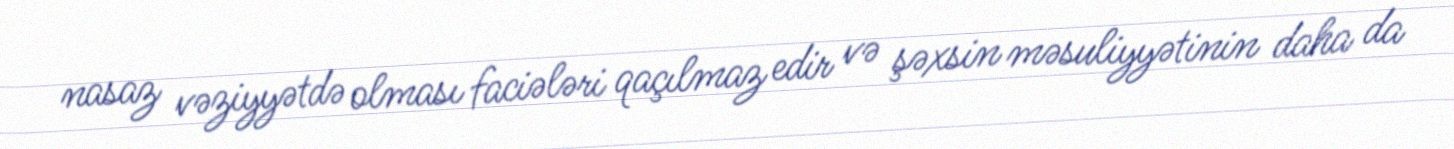
nasaz vəziyyətdə olması faciələri qaçılmaz edir və şəxsin məsuliyyətinin daha da